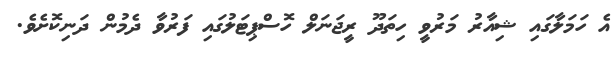
އެ ހަމަލާގައި ޝިއާރު މަރުވީ ހިތަދޫ ރީޖަނަލް ހޮސްޕިޓަލުގައި ފަރުވާ ދެމުން ދަނިކޮށެވެ.